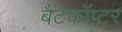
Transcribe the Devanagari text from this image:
बैटकाॅप्टर